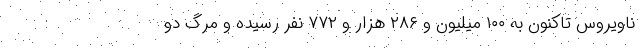
ناویروس تاکنون به ۱۰۰ میلیون و ۲۸۶ هزار و ۷۷۲ نفر رسیده و مرگ دو